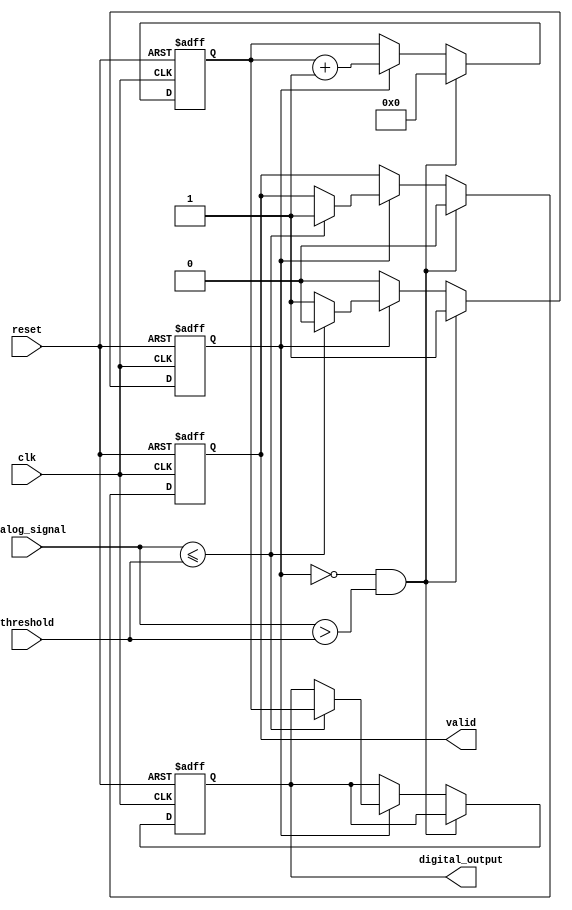
module ATDC (
    input wire clk,                  // Sampling clock
    input wire reset,                // Asynchronous reset
    input wire analog_signal,        // Analog input signal (1-bit for simplicity)
    input wire threshold,            // Threshold level (1-bit for simplicity)
    output reg [15:0] digital_output, // 16-bit digital output
    output reg valid                 // Output valid signal
);

    reg [15:0] counter;              // Counter for time measurement
    reg measuring;                   // State to indicate if measuring is active

    // Comparator logic to detect threshold crossing
    always @(posedge clk or posedge reset) begin
        if (reset) begin
            measuring <= 1'b0;
            counter <= 16'b0;
            digital_output <= 16'b0;
            valid <= 1'b0;
        end else begin
            if (!measuring && (analog_signal > threshold)) begin
                // Start measuring when the analog signal exceeds the threshold
                measuring <= 1'b1;
                counter <= 16'b0; // Reset counter
                valid <= 1'b0;    // Reset valid output
            end else if (measuring) begin
                // Increment counter while measuring
                counter <= counter + 1;
                if (analog_signal <= threshold) begin
                    // Stop measuring when the signal goes below the threshold
                    measuring <= 1'b0;
                    digital_output <= counter; // Latch counter value to output
                    valid <= 1'b1;             // Indicate valid output
                end
            end
        end
    end

endmodule